Leaving Certificate Examination (including Day School Certificate (Higher) General paper), 1937
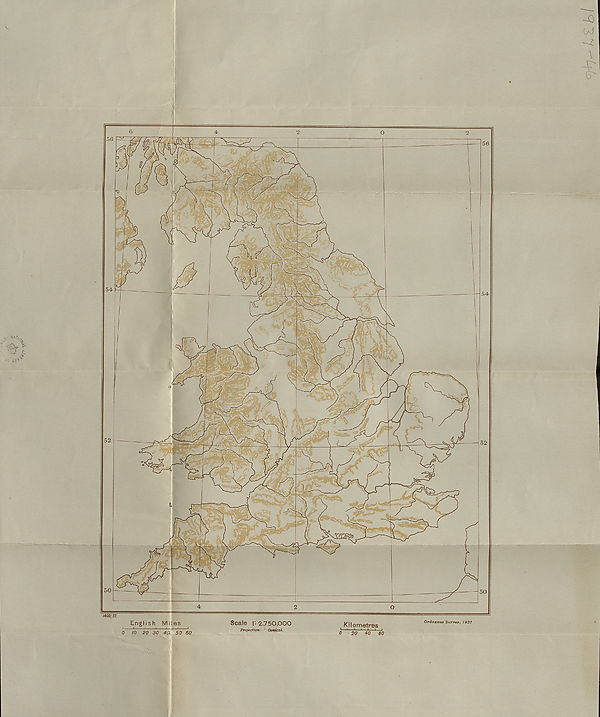
w:
1400/37.
English Miles
i
1
1
1.. i
i 1
0 !0 20 30 40\ 50 60
Scale f. 2750,000
Projection: ' Conical.
Kilometres
» *■ ..■* I l 1 1
0 20 40 80
Ordnance purvey, 1937
-33